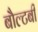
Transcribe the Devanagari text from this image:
बौल्टबी